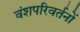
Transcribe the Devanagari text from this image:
वंशपरिवर्तनों